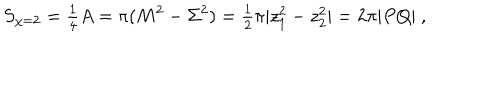
S _ { \chi = 2 } = { \textstyle \frac { 1 } { 4 } } A = \pi ( M ^ { 2 } - \Sigma ^ { 2 } ) = { \textstyle \frac { 1 } { 2 } } \pi | z _ { 1 } ^ { 2 } - z _ { 2 } ^ { 2 } | = 2 \pi | P Q | \ ,